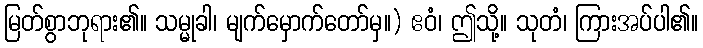
မြတ်စွာဘုရား၏။ သမ္မုခါ၊ မျက်မှောက်တော်မှ။) ဧဝံ၊ ဤသို့။ သုတံ၊ ကြားအပ်ပါ၏။